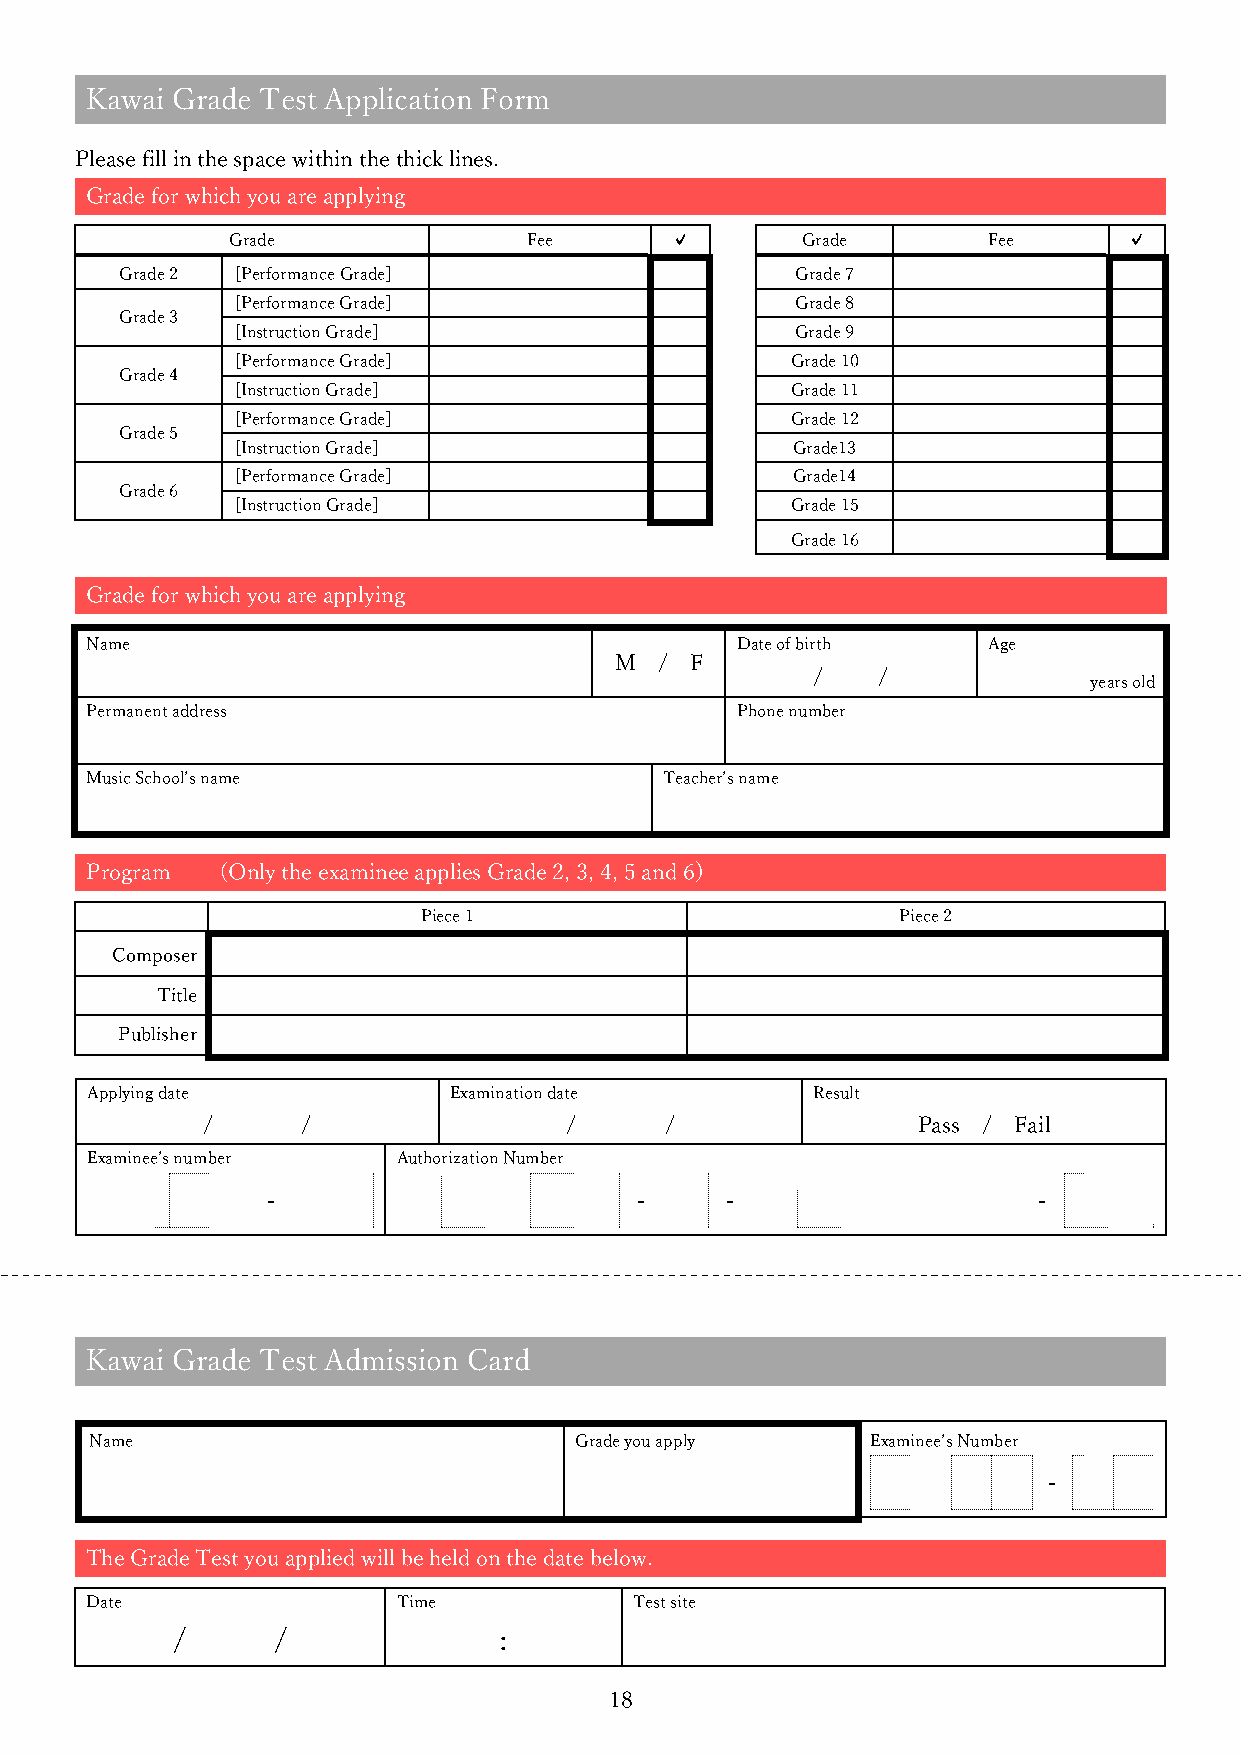
Kawai Grade Test Application Form
 Please fill in the space within the thick lines.
 Grade for which you are applying
 Grade               Fee      ✓        Grade       Fee       ✓
 Grade 2 [Performance Grade]                  Grade 7
 [Performance Grade]                   Grade 8
 Grade 3
 [Instruction Grade]                   Grade 9
 [Performance Grade]                  Grade 10
 Grade 4
 [Instruction Grade]                  Grade 11
 [Performance Grade]                  Grade 12
 Grade 5
 [Instruction Grade]                  Grade13
 [Performance Grade]                  Grade14
 Grade 6
 [Instruction Grade]                  Grade 15
 Grade 16
 Grade for which you are applying
 Name                                       Date of birth   Age
 M  / F
 /   /
 years old
 Permanent address                          Phone number
 Music School’s name                   Teacher’s name
 Program  (Only the examinee applies Grade 2, 3, 4, 5 and 6)
 Piece 1                        Piece 2
 Composer
 Title
 Publisher
 Applying date           Examination date        Result
 /      /                /      /                Pass / Fail
 Examinee’s number   Authorization Number
 -                       -     -                    -
 ☆
 Kawai Grade Test Admission Card
 Name                            Grade you apply     Examinee’s Number
 -
 ☆
 The Grade Test you applied will be held on the date below.
 Date                Time            Test site
 /      /              :
 18